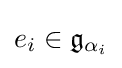
e_{i}\in {\mathfrak {g}}_{\alpha _{i}}